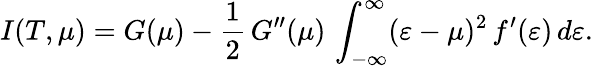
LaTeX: I(T,\mu)=G(\mu)-\frac{1}{2}\, G^{\prime\prime}(\mu)\, \int_{-\infty}^{\infty}(\varepsilon-\mu)^{2}\, f^{\prime}(\varepsilon)\, d\varepsilon.